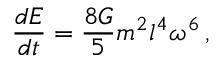
\frac { d E } { d t } = \frac { 8 { \cal G } } { 5 } m ^ { 2 } l ^ { 4 } \omega ^ { 6 } \, ,